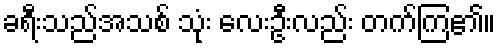
ခရီးသည်အသစ် သုံး လေးဦးလည်း တက်ကြ၏။